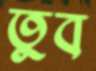
তুব